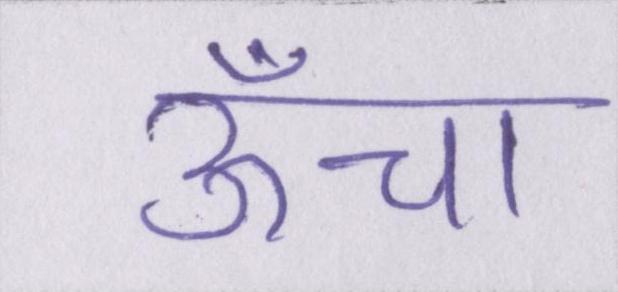
ऊँचा